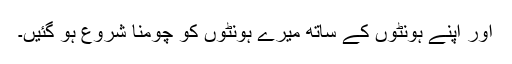
اور اپنے ہونٹوں کے ساتھ میرے ہونٹوں کو چومنا شروع ہو گئیں۔